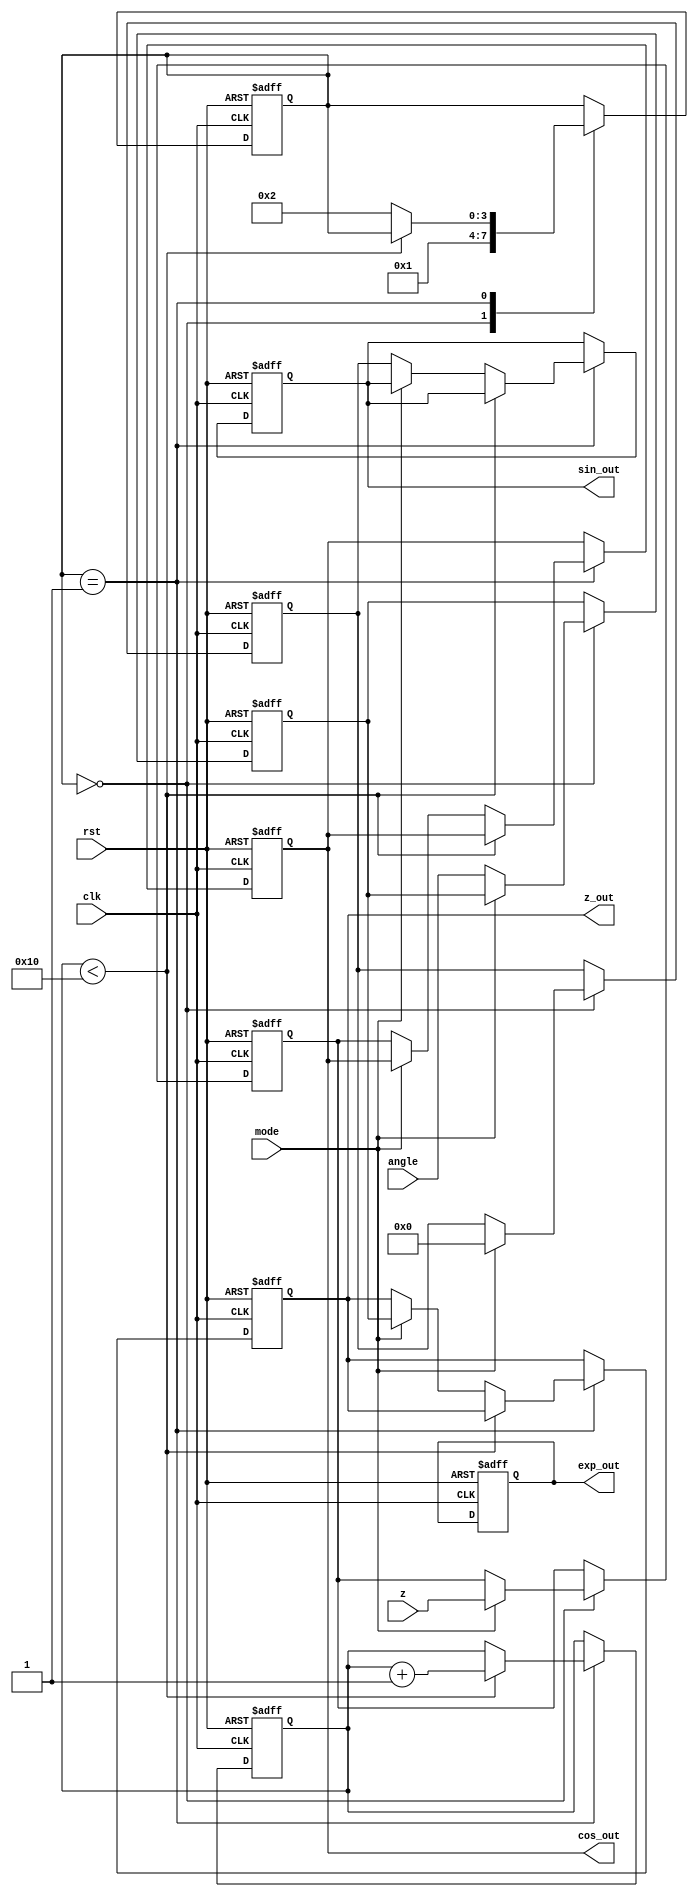
module cordic_fp (
    input wire [31:0] angle,      // Input angle in radians (IEEE 754 format)
    input wire [31:0] z,          // Vector input (X, Y)
    input wire mode,              // Mode: 0 for rotation, 1 for vectoring
    input wire clk,               // Clock signal
    input wire rst,               // Reset signal
    output reg [31:0] sin_out,    // Sine output
    output reg [31:0] cos_out,    // Cosine output
    output reg [31:0] exp_out,    // Exponential output
    output reg [31:0] z_out       // Vectoring result
);

// Define parameters for CORDIC
parameter NUM_ITERATIONS = 16; // Number of iterations for CORDIC
parameter CORDIC_GAIN = 32'h3F1A36B8; // Pre-calculated CORDIC gain (approx. 0.607)

reg [31:0] x_reg, y_reg; // X and Y registers
reg [31:0] z_reg;        // Z register
reg [4:0] iteration;     // Iteration counter
reg [3:0] state;         // State for FSM

// CORDIC angle lookup table (in radians, scaled for fixed-point)
reg [31:0] atan_table [0:NUM_ITERATIONS-1];

// Initialize the atan_table with pre-calculated values
initial begin
    atan_table[0] = 32'h3F000000; // atan(1) = 45 degrees
    atan_table[1] = 32'h3E2AAAAB; // atan(0.5) = 26.565 degrees
    // ... Fill in the rest of the table
end

// FSM for control logic
always @(posedge clk or posedge rst) begin
    if (rst) begin
        iteration <= 0;
        state <= 0;
        x_reg <= 32'h40000000; // Start with (1, 0)
        y_reg <= 32'h00000000; // Start with (1, 0)
        z_reg <= 32'h00000000; // Initialize z
        sin_out <= 32'h00000000;
        cos_out <= 32'h00000000;
        exp_out <= 32'h00000000;
        z_out <= 32'h00000000;
    end else begin
        case (state)
            0: begin // Initialization
                if (mode == 0) begin // Rotation mode
                    z_reg <= angle; // Load angle
                end else begin // Vectoring mode
                    x_reg <= z; // Load vector
                    y_reg <= 32'h00000000; // Assume initial Y = 0
                end
                state <= 1;
            end
            
            1: begin // Iteration
                if (iteration < NUM_ITERATIONS) begin
                    // Perform CORDIC rotation or vectoring
                    if (mode == 0) begin // Rotation mode
                        // Rotate using CORDIC algorithm
                        // Update x_reg, y_reg, z_reg based on the algorithm
                    end else begin // Vectoring mode
                        // Vectoring using CORDIC algorithm
                        // Update x_reg, y_reg, z_reg based on the algorithm
                    end
                    iteration <= iteration + 1;
                end else begin
                    // Finalize outputs
                    if (mode == 0) begin
                        // Compute sine and cosine
                        sin_out <= y_reg; // Output sine
                        cos_out <= x_reg; // Output cosine
                    end else begin
                        // Compute magnitude and angle
                        z_out <= z_reg; // Output z
                    end
                    state <= 2; // Move to final state
                end
            end
            
            2: begin // Final state
                // Hold outputs
                // Optionally reset or wait for new input
            end
        endcase
    end
end

endmodule